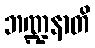
ဘဏ္ဍနာတိ